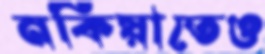
নকিয়াতেও